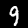
Label: 9